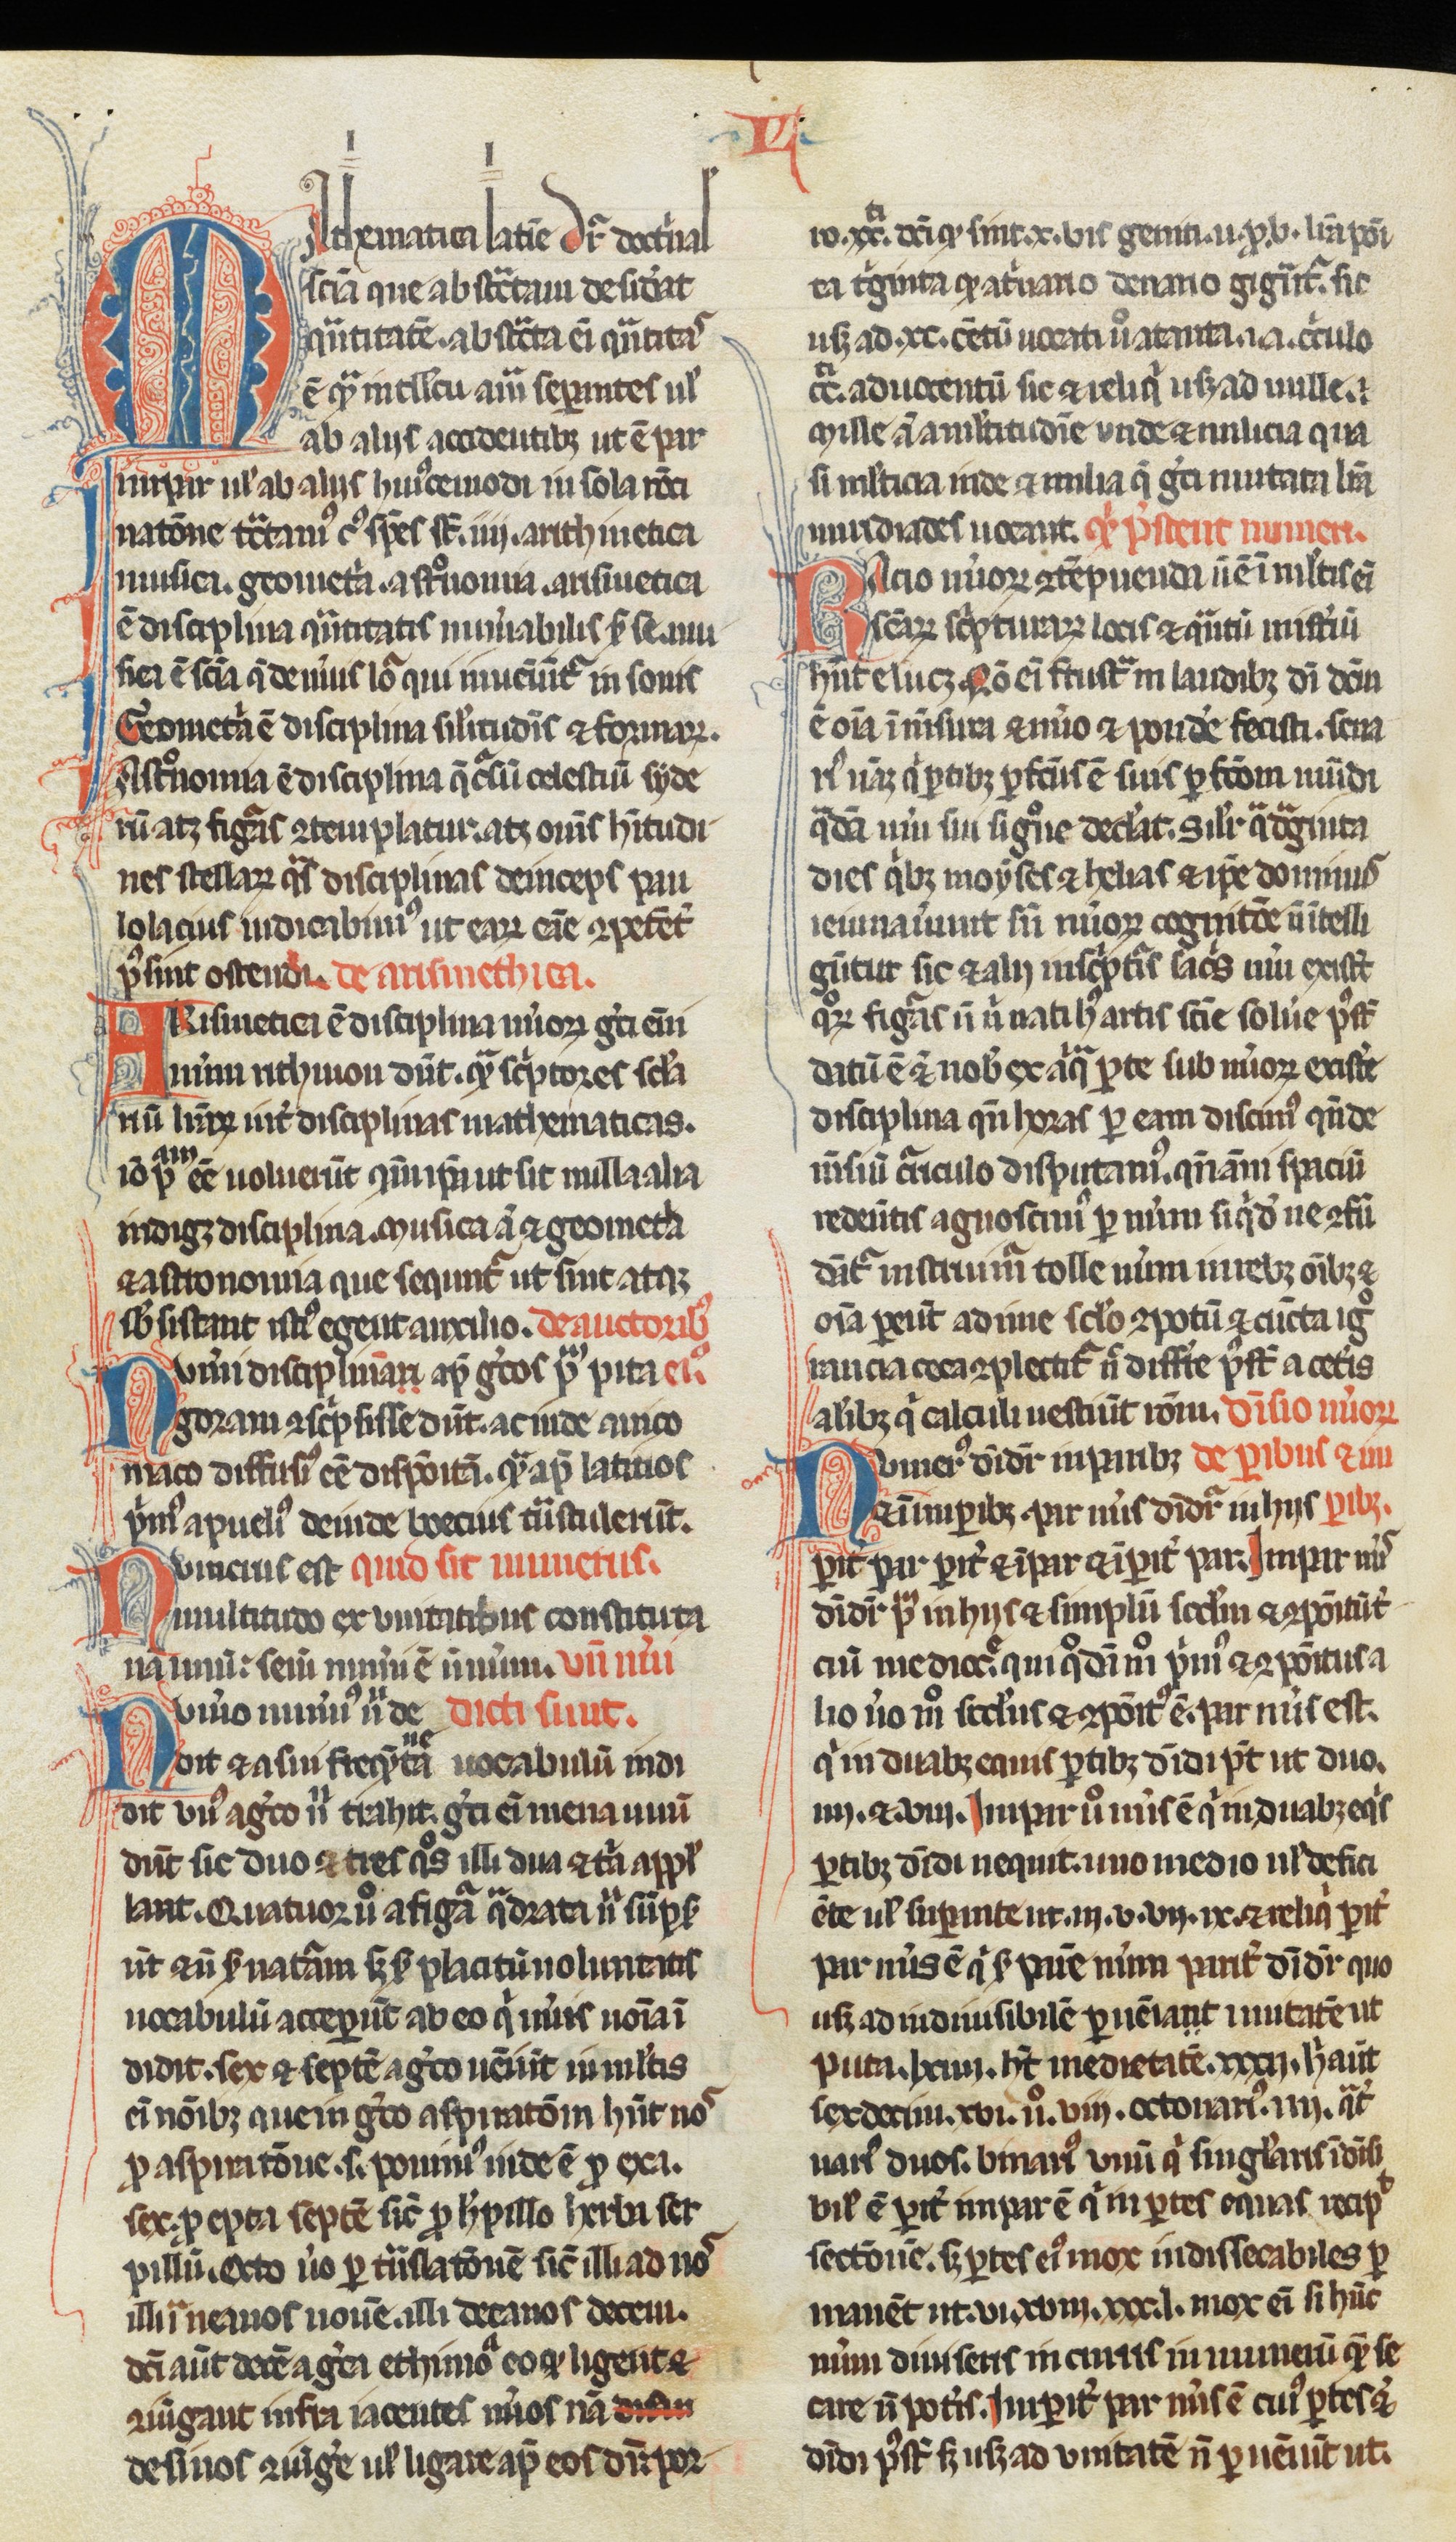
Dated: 1250–1299